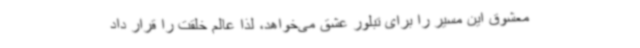
معشوق این مسیر را برای تبلور عشق می‌خواهد، لذا عالم خلقت را قرار داد